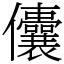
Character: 儾